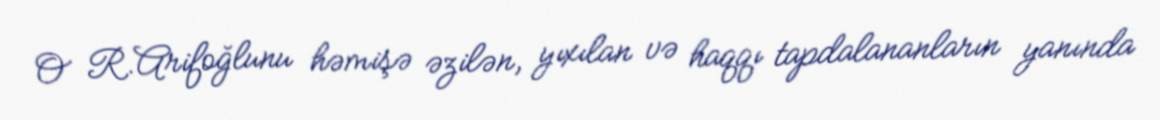
O R.Arifoğlunu həmişə əzilən, yıxılan və haqqı tapdalananların yanında